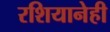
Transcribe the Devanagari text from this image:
रशियानेही